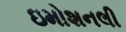
ઇમોશનલી